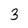
Character: 3